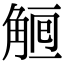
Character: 𧣰